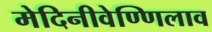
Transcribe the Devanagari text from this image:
मेदिनीवेण्णिलाव